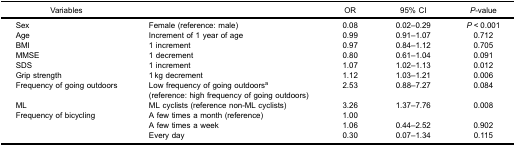
<table><thead><tr><td><b>Variables</b></td><td><b> </b></td><td><b>OR</b></td><td><b>95% CI</b></td><td><b><i>P</i>-value</b></td></tr></thead><tbody><tr><td>Sex</td><td>Female (reference: male)</td><td>0.08</td><td>0.02–0.29</td><td><i>P</i> &lt; 0.001</td></tr><tr><td>Age</td><td>Increment of 1 year of age</td><td>0.99</td><td>0.91–1.07</td><td>0.712</td></tr><tr><td>BMI</td><td>1 increment</td><td>0.97</td><td>0.84–1.12</td><td>0.705</td></tr><tr><td>MMSE</td><td>1 decrement</td><td>0.80</td><td>0.61–1.04</td><td>0.091</td></tr><tr><td>SDS</td><td>1 increment</td><td>1.07</td><td>1.02–1.13</td><td>0.012</td></tr><tr><td>Grip strength</td><td>1 kg decrement</td><td>1.12</td><td>1.03–1.21</td><td>0.006</td></tr><tr><td>Frequency of going outdoors</td><td>Low frequency of going outdoors<sup>a</sup>(reference: high frequency of going outdoors)</td><td>2.53</td><td>0.88–7.27</td><td>0.084</td></tr><tr><td>ML</td><td>ML cyclists (reference non-ML cyclists)</td><td>3.26</td><td>1.37–7.76</td><td>0.008</td></tr><tr><td rowspan="3">Frequency of bicycling</td><td>A few times a month (reference)</td><td>1.00</td><td> </td><td> </td></tr><tr><td>A few times a week</td><td>1.06</td><td>0.44–2.52</td><td>0.902</td></tr><tr><td>Every day</td><td>0.30</td><td>0.07–1.34</td><td>0.115</td></tr></tbody></table>